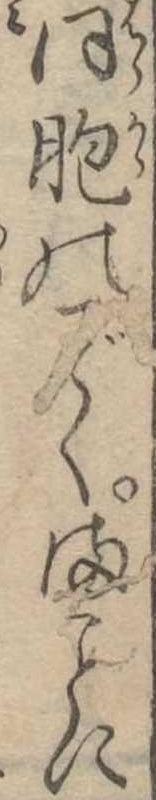
同胞のくまに